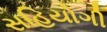
સહિયોગી